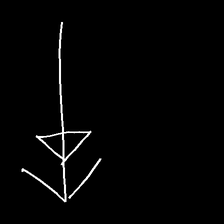
Glyph: pull